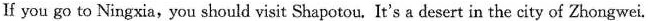
If you go to Ningxia,you should visit Shapotou, It's a desert in the city of Zhongwei.